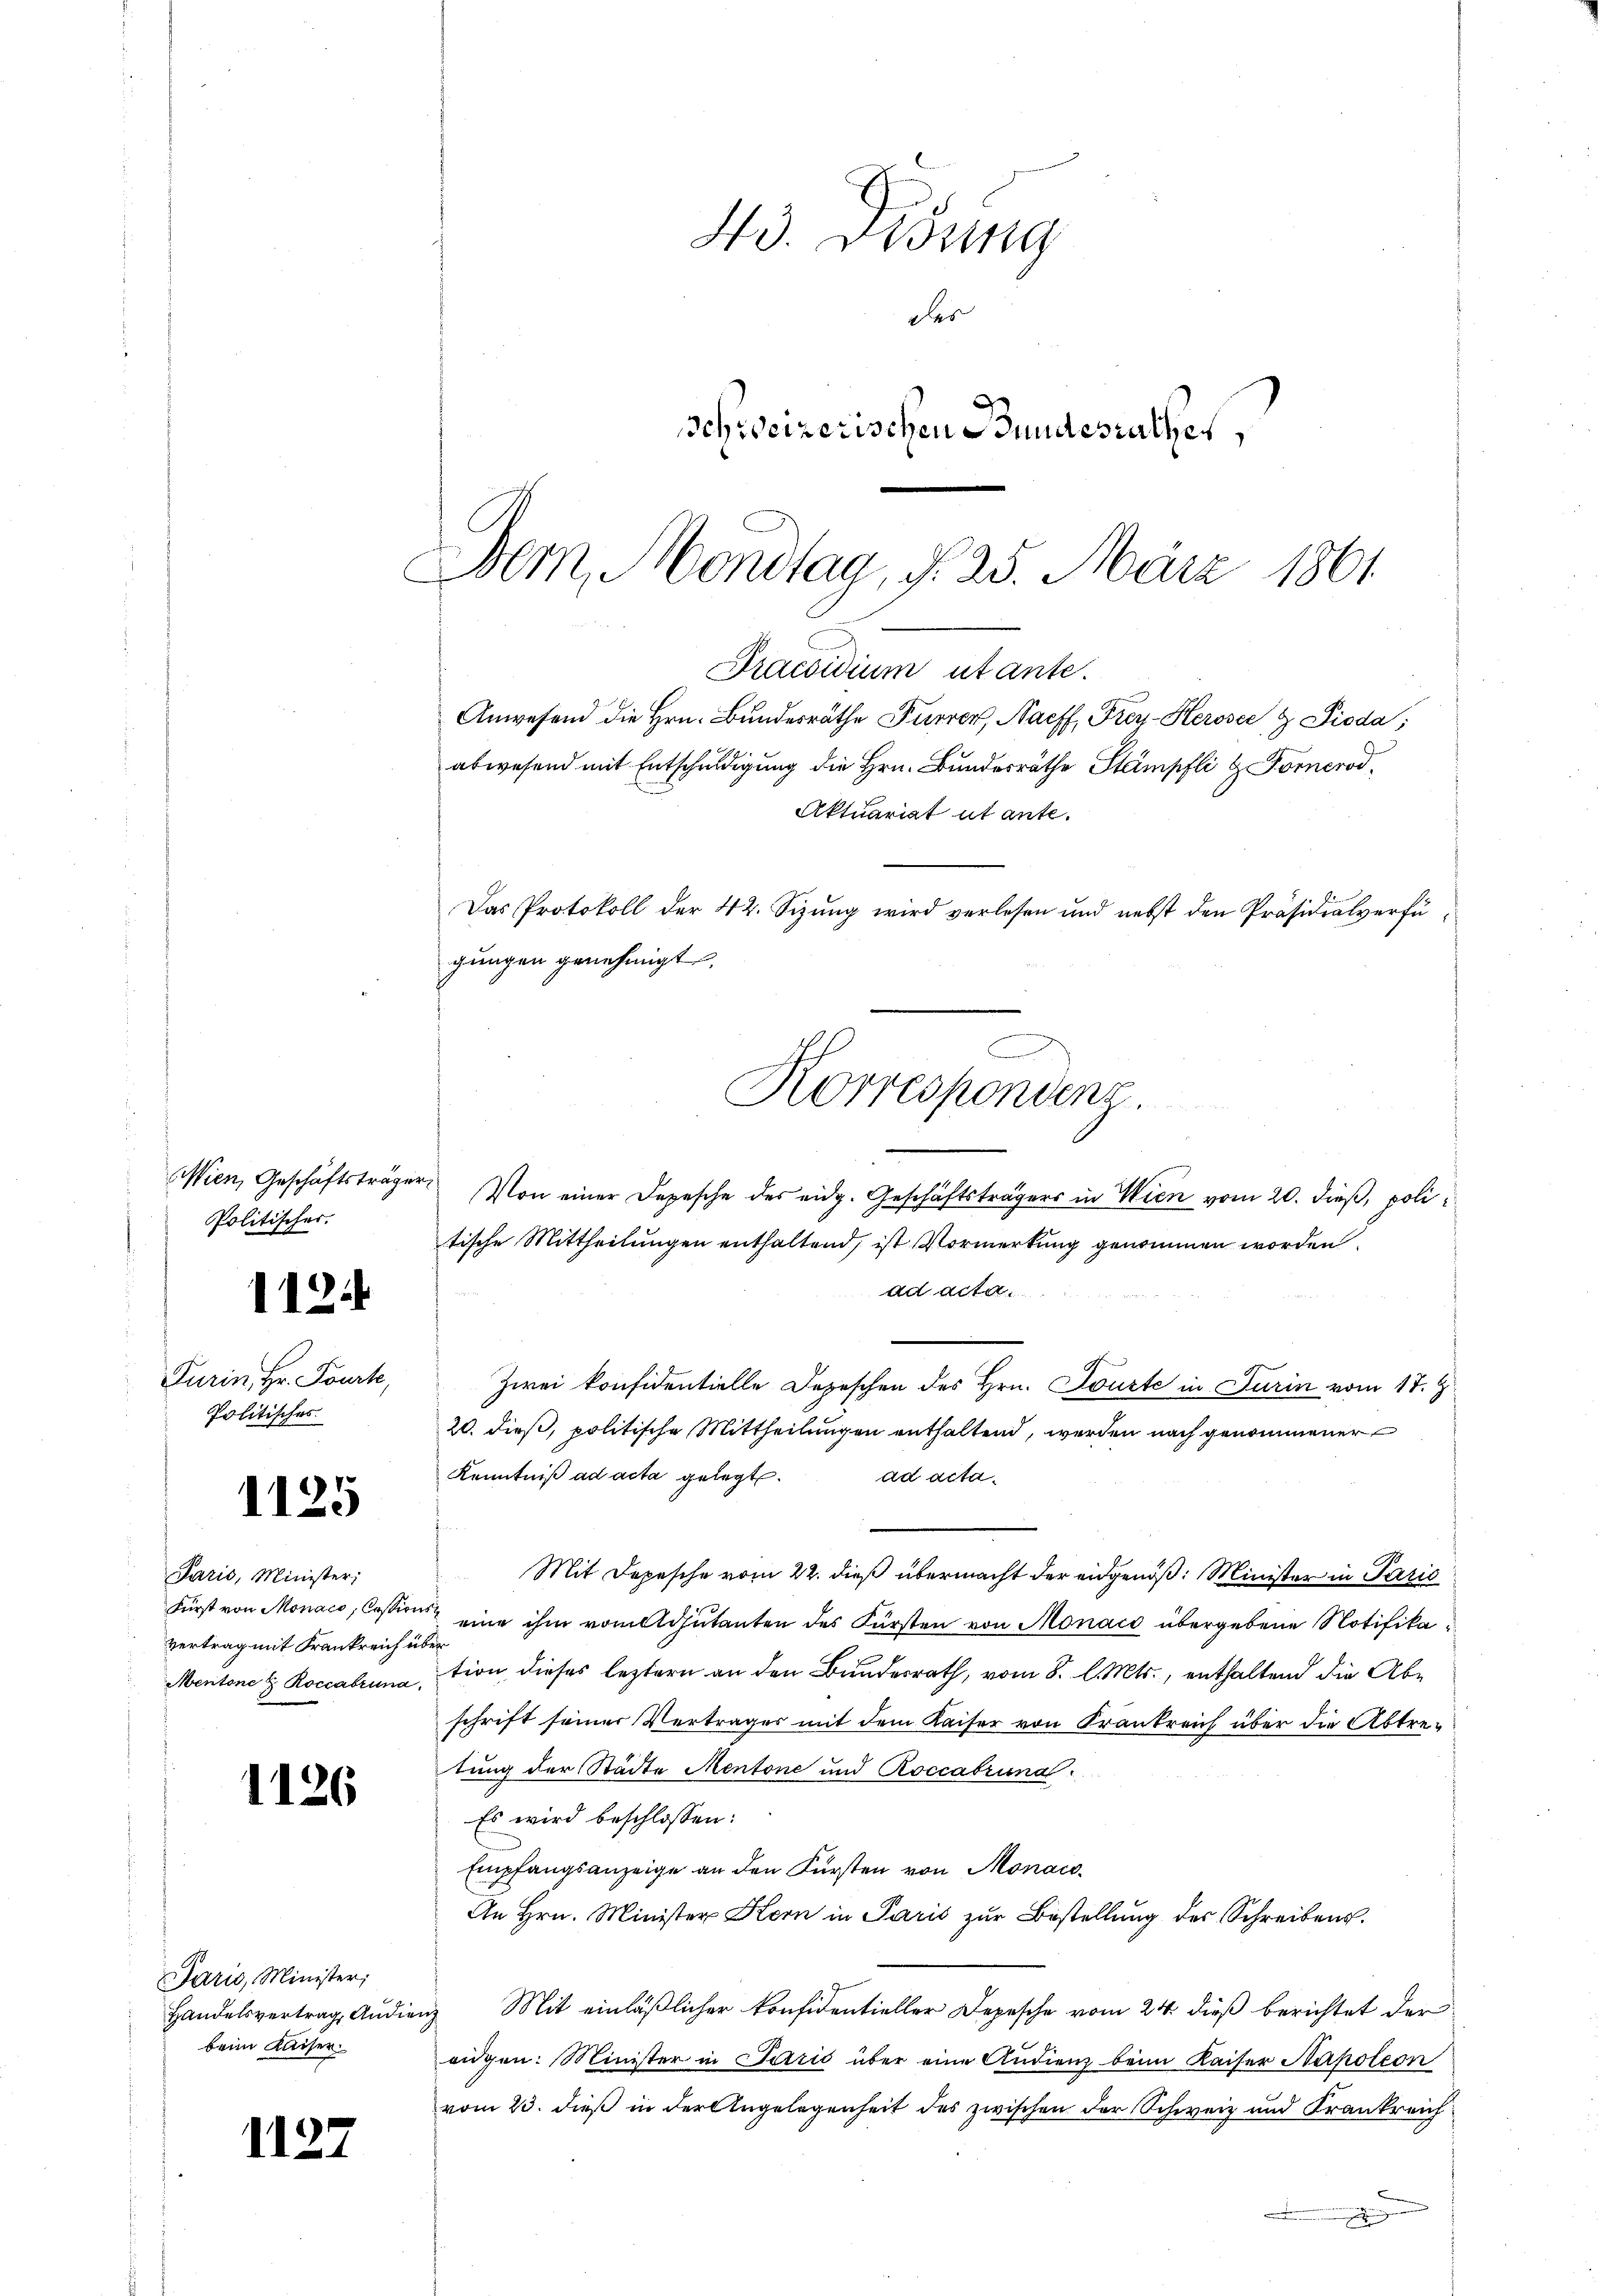
Wien, Geschäftsträger
Politisches.

1124

1125

Paris, Minister;
Fürst von Monaco, Cassion
Vertrag mit Frankreich u
Mentone & Roccabruna

1126

Paris, Minister;
beim Kaiser.

13.

Turin, Hr. Pourte,
Politisches

43. Lesung
Des
schweizerischen Bundesrathes,

Dem Mondlag, § 25. März 1861
Praesidium utante.
Anwesend die Hrn. Bundesräthe Furrer, Nachf, Frey-Heroser & Pioda;
abwesend mit Entschuldigung die Hrn. Bundesräthe Stampfli & Forcrod¬
Aktuariat ut ante.
Das Protokoll der 42. Sizung wird verlesen und nebst den Präsidialverfügungen genehmigt.
C
Korrespondenz.

Von einer Depesche des eidg. Geschäftsträgers in Wien vom 20. dieß, poli
tische Mittheilungen enthaltend, ist Vormerkung genommen worden.
ad acta
Zwei konfidentielle Depeschen des Hrn. Tourte in Turin vom 17. J
20. dieß, politische Mittheilungen enthaltend, werden nach genommener
Kenntniß ad acta gelegt.
ad acta.
Mit Depesche vom 22. dieß übermacht der eidgenöß: Minister in Paris
ne eine ihm vom Adjutanten des Fürsten von Monaco übergebene Notifikabei
tion dieses leztern an den Bundesrath, vom 8. l. Mts., enthaltend die Abschrift seiner Vertrages mit dem Kaiser von Krankreich über die Abtretung der Städte Mentone und Roccabrunal
Es wird beschlossen:
Empfangsanzeige an den Fürsten von Monaco¬
An Hrn. Minister Stern in Paris zur Bestellung des Schreibens.
Handelsvertrag, Audienz Mit einläßlicher Konfidentieller Depesche vom 24. dieß berichtet der
eidgen. Minister in Perić über eine Audienz beim Kaiser Napoleon
vom 23. dieß in der Angelegenheit des zwischen der Schweiz und Krankreich
e